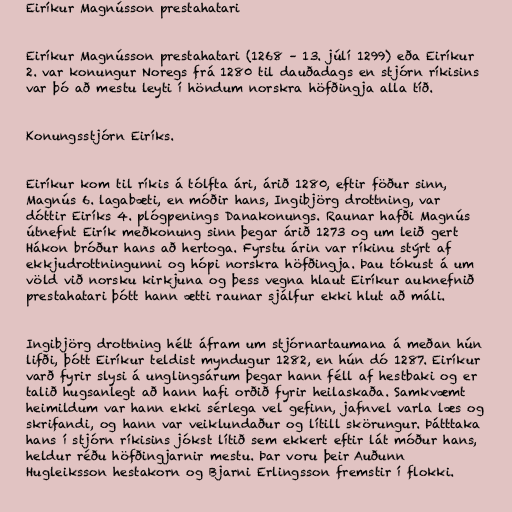
Eiríkur Magnússon prestahatari

Eiríkur Magnússon prestahatari (1268 – 13. júlí 1299) eða Eiríkur
2. var konungur Noregs frá 1280 til dauðadags en stjórn ríkisins
var þó að mestu leyti í höndum norskra höfðingja alla tíð.

Konungsstjórn Eiríks.

Eiríkur kom til ríkis á tólfta ári, árið 1280, eftir föður sinn,
Magnús 6. lagabæti, en móðir hans, Ingibjörg drottning, var
dóttir Eiríks 4. plógpenings Danakonungs. Raunar hafði Magnús
útnefnt Eirík meðkonung sinn þegar árið 1273 og um leið gert
Hákon bróður hans að hertoga. Fyrstu árin var ríkinu stýrt af
ekkjudrottningunni og hópi norskra höfðingja. Þau tókust á um
völd við norsku kirkjuna og þess vegna hlaut Eiríkur auknefnið
prestahatari þótt hann ætti raunar sjálfur ekki hlut að máli.

Ingibjörg drottning hélt áfram um stjórnartaumana á meðan hún
lifði, þótt Eiríkur teldist myndugur 1282, en hún dó 1287. Eiríkur
varð fyrir slysi á unglingsárum þegar hann féll af hestbaki og er
talið hugsanlegt að hann hafi orðið fyrir heilaskaða. Samkvæmt
heimildum var hann ekki sérlega vel gefinn, jafnvel varla læs og
skrifandi, og hann var veiklundaður og lítill skörungur. Þátttaka
hans í stjórn ríkisins jókst lítið sem ekkert eftir lát móður hans,
heldur réðu höfðingjarnir mestu. Þar voru þeir Auðunn
Hugleiksson hestakorn og Bjarni Erlingsson fremstir í flokki.